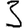
Digit: 3